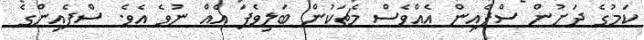
ކަމުގެ ދަށުން ސްޕެއިން އެއްވެސް މެޗަކުން ބަލިވެފަ އެއް ނުވެ އެވެ. ސްޕެއިންގެ